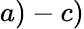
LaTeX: a)-c)